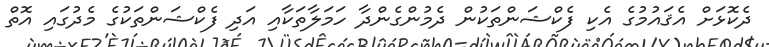
ދެކޮޅަށް އެޤައުމުގެ އެކި ފެކްޝަންތަކުން ދެމުންގެންދާ ހަމަލާތަކާއި އަދި ފެކްޝަންތަކުގެ މެދުގައި އޮތް